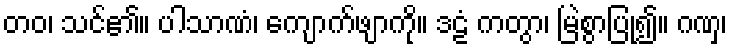
တဝ၊ သင်၏။ ပါသာဏံ၊ ကျောက်ဖျာကို။ ဒဠံ ကတွာ၊ မြဲစွာပြု၍။ ဂဏှ၊